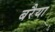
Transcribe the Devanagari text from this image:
बरैया